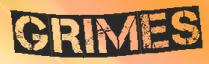
GRIMES